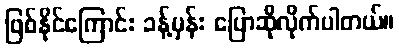
ဖြစ်နိုင်ကြောင်း ခန့်မှန်း ပြောဆိုလိုက်ပါတယ်။